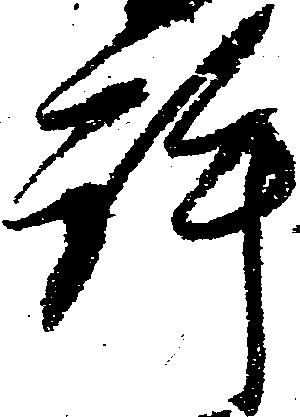
許